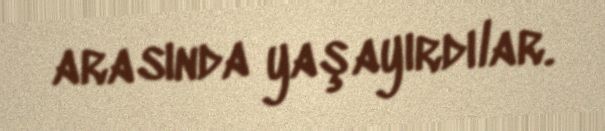
arasında yaşayırdılar.